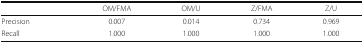
<table><thead><tr><td></td><td><b>OM/FMA</b></td><td><b>OM/U</b></td><td><b>Z/FMA</b></td><td><b>Z/U</b></td></tr></thead><tbody><tr><td>Precision</td><td>0.007</td><td>0.014</td><td>0.734</td><td>0.969</td></tr><tr><td>Recall</td><td>1.000</td><td>1.000</td><td>1.000</td><td>1.000</td></tr></tbody></table>